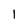
Character: I